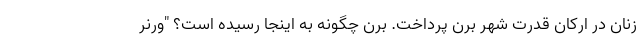
زنان در ارکان قدرت شهر برن پرداخت. برن چگونه به اینجا رسیده است؟ "ورنر